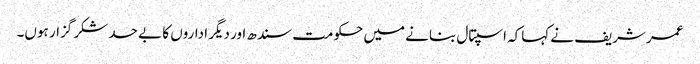
عمرشریف نے کہاکہ اسپتال بنانے میں حکومت سندھ اور دیگر اداروں کا بے حد شکر گزار ہوں۔